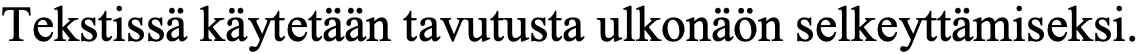
Tekstissä käytetään tavutusta ulkonäön selkeyttämiseksi.